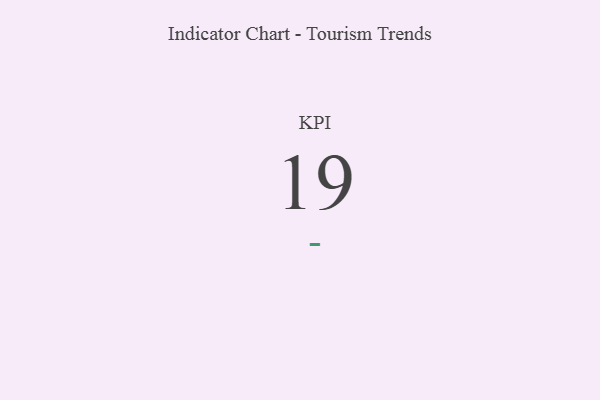
{"axis": {"x": "KPI", "y": "Value"}, "legend": [""], "data": [{"x": "KPI", "y": 19, "type": ""}]}